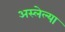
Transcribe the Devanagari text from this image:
अस्लेल्या